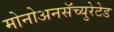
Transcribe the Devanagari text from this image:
मोनोअनसॅच्युरेटेड